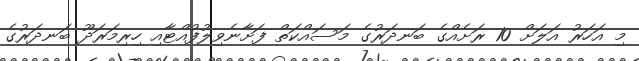
މި އަހަރު އަލަށް 10 ރަށެއްގެ ބަނދަރުގެ މަސައްކަތް ފަށާނެވިލުފުއްޓާއި ހިރިމަރަދޫ ބަނދަރުގެ